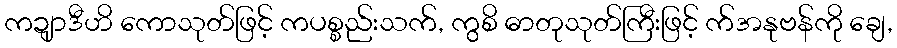
ကဍျာဒီဟိ ကောသုတ်ဖြင့် ကပစ္စည်းသက်, ကွစိ ဓာတုသုတ်ကြီးဖြင့် က်အနုဗန်ကို ချေ,